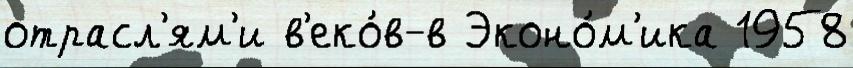
отрасл'ям'и в'еко́в-в Эконо́м'ика 1958